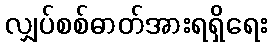
လျှပ်စစ်ဓာတ်အားရရှိရေး